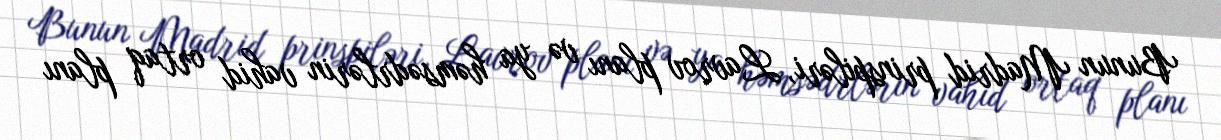
Bunun Madrid prinspiləri, Lavrov planı və ya həmsədrlərin vahid ortaq planı